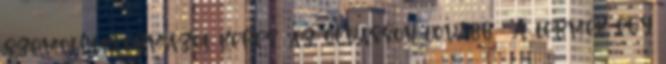
szemöldökformázót keres, az olvasson tovább : A termék egy